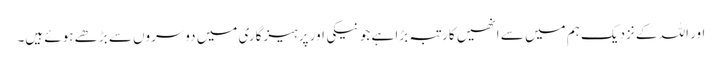
اور اللہ کے نزدیک ہم میں سے انھیں کارتبہ بڑا ہے جو نیکی اور پرہیزگاری میں دوسروں سے بڑھے ہوئے ہیں۔